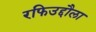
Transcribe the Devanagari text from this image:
रफिउद्दौला